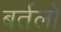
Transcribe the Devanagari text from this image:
बर्तलो